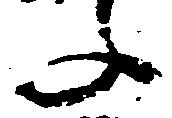
文